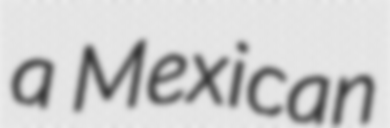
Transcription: a Mexican